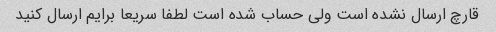
قارچ ارسال نشده است ولی حساب شده است لطفا سریعا برایم ارسال کنید